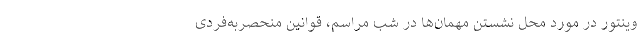
وینتور در مورد محل نشستن مهمان‌ها در شب مراسم، قوانین منحصر‌به‌فردی